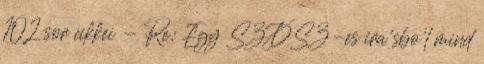
102 sor cikkei - Re: Egy SZDSZ-es ira'sbo'l mind